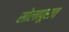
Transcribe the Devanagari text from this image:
सोलापूरात